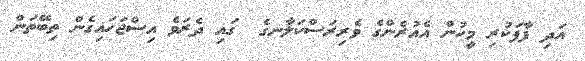
އަދި ފާފަކުރި މީހުން އެއުރެންގެ ވެރިރަސްކަލާނގެ  ގައި ދެރަވެ އިސްޖަހައިގެން ތިބޭތަން